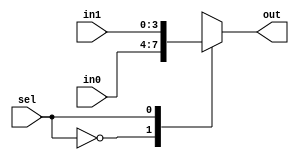
module mux(input[3:0] in0, in1,
	   input sel,
	   output reg[3:0] out);

always @(*)
	case (sel)
		0: out = in0;
		1: out = in1;
		default: out = 0;
	endcase
	
endmodule